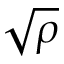
\sqrt { \rho }